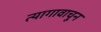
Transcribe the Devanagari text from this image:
त्यागावाचून